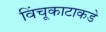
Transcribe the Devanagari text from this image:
विंचूकाटाकडे